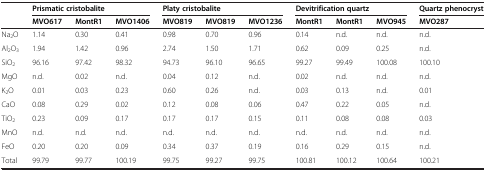
<table><thead><tr><td rowspan="2"><b> </b></td><td colspan="3"><b>Prismatic cristobalite</b></td><td colspan="3"><b>Platy cristobalite</b></td><td colspan="3"><b>Devitrification quartz</b></td><td><b>Quartz phenocryst</b></td></tr><tr><td><b>MVO617</b></td><td><b>MontR1</b></td><td><b>MVO1406</b></td><td><b>MVO819</b></td><td><b>MVO819</b></td><td><b>MVO1236</b></td><td><b>MontR1</b></td><td><b>MontR1</b></td><td><b>MVO945</b></td><td><b>MVO287</b></td></tr></thead><tbody><tr><td>Na<sub>2</sub>O</td><td>1.14</td><td>0.30</td><td>0.41</td><td>0.98</td><td>0.70</td><td>0.96</td><td>0.14</td><td>n.d.</td><td>n.d.</td><td>n.d.</td></tr><tr><td>Al<sub>2</sub>O<sub>3</sub></td><td>1.94</td><td>1.42</td><td>0.96</td><td>2.74</td><td>1.50</td><td>1.71</td><td>0.62</td><td>0.09</td><td>0.25</td><td>n.d.</td></tr><tr><td>SiO<sub>2</sub></td><td>96.16</td><td>97.42</td><td>98.32</td><td>94.73</td><td>96.10</td><td>96.65</td><td>99.27</td><td>99.49</td><td>100.08</td><td>100.10</td></tr><tr><td>MgO</td><td>n.d.</td><td>0.02</td><td>n.d.</td><td>0.04</td><td>0.12</td><td>n.d.</td><td>0.02</td><td>n.d.</td><td>n.d.</td><td>n.d.</td></tr><tr><td>K<sub>2</sub>O</td><td>0.01</td><td>0.03</td><td>0.23</td><td>0.60</td><td>0.26</td><td>n.d.</td><td>0.03</td><td>0.13</td><td>n.d.</td><td>0.01</td></tr><tr><td>CaO</td><td>0.08</td><td>0.29</td><td>0.02</td><td>0.12</td><td>0.08</td><td>0.06</td><td>0.47</td><td>0.22</td><td>0.05</td><td>n.d.</td></tr><tr><td>TiO<sub>2</sub></td><td>0.23</td><td>0.09</td><td>0.17</td><td>0.17</td><td>0.17</td><td>0.15</td><td>0.11</td><td>0.08</td><td>0.08</td><td>0.03</td></tr><tr><td>MnO</td><td>n.d.</td><td>n.d.</td><td>n.d.</td><td>n.d.</td><td>n.d.</td><td>n.d.</td><td>n.d.</td><td>n.d.</td><td>n.d.</td><td>n.d.</td></tr><tr><td>FeO</td><td>0.20</td><td>0.20</td><td>0.09</td><td>0.34</td><td>0.37</td><td>0.19</td><td>0.16</td><td>0.29</td><td>0.15</td><td>n.d.</td></tr><tr><td>Total</td><td>99.79</td><td>99.77</td><td>100.19</td><td>99.75</td><td>99.27</td><td>99.75</td><td>100.81</td><td>100.12</td><td>100.64</td><td>100.21</td></tr></tbody></table>